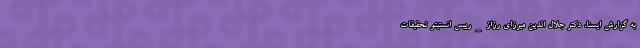
به گزارش ایسنا، دکتر جلال الدین میرزای رزاز_رییس انستیتو تحقیقات